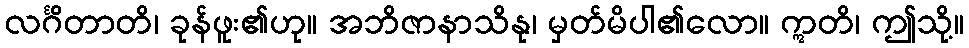
လင်္ဂိတာတိ၊ ခုန်ဖူး၏ဟု။ အဘိဇာနာသိနု၊ မှတ်မိပါ၏လော။ ဣတိ၊ ဤသို့။